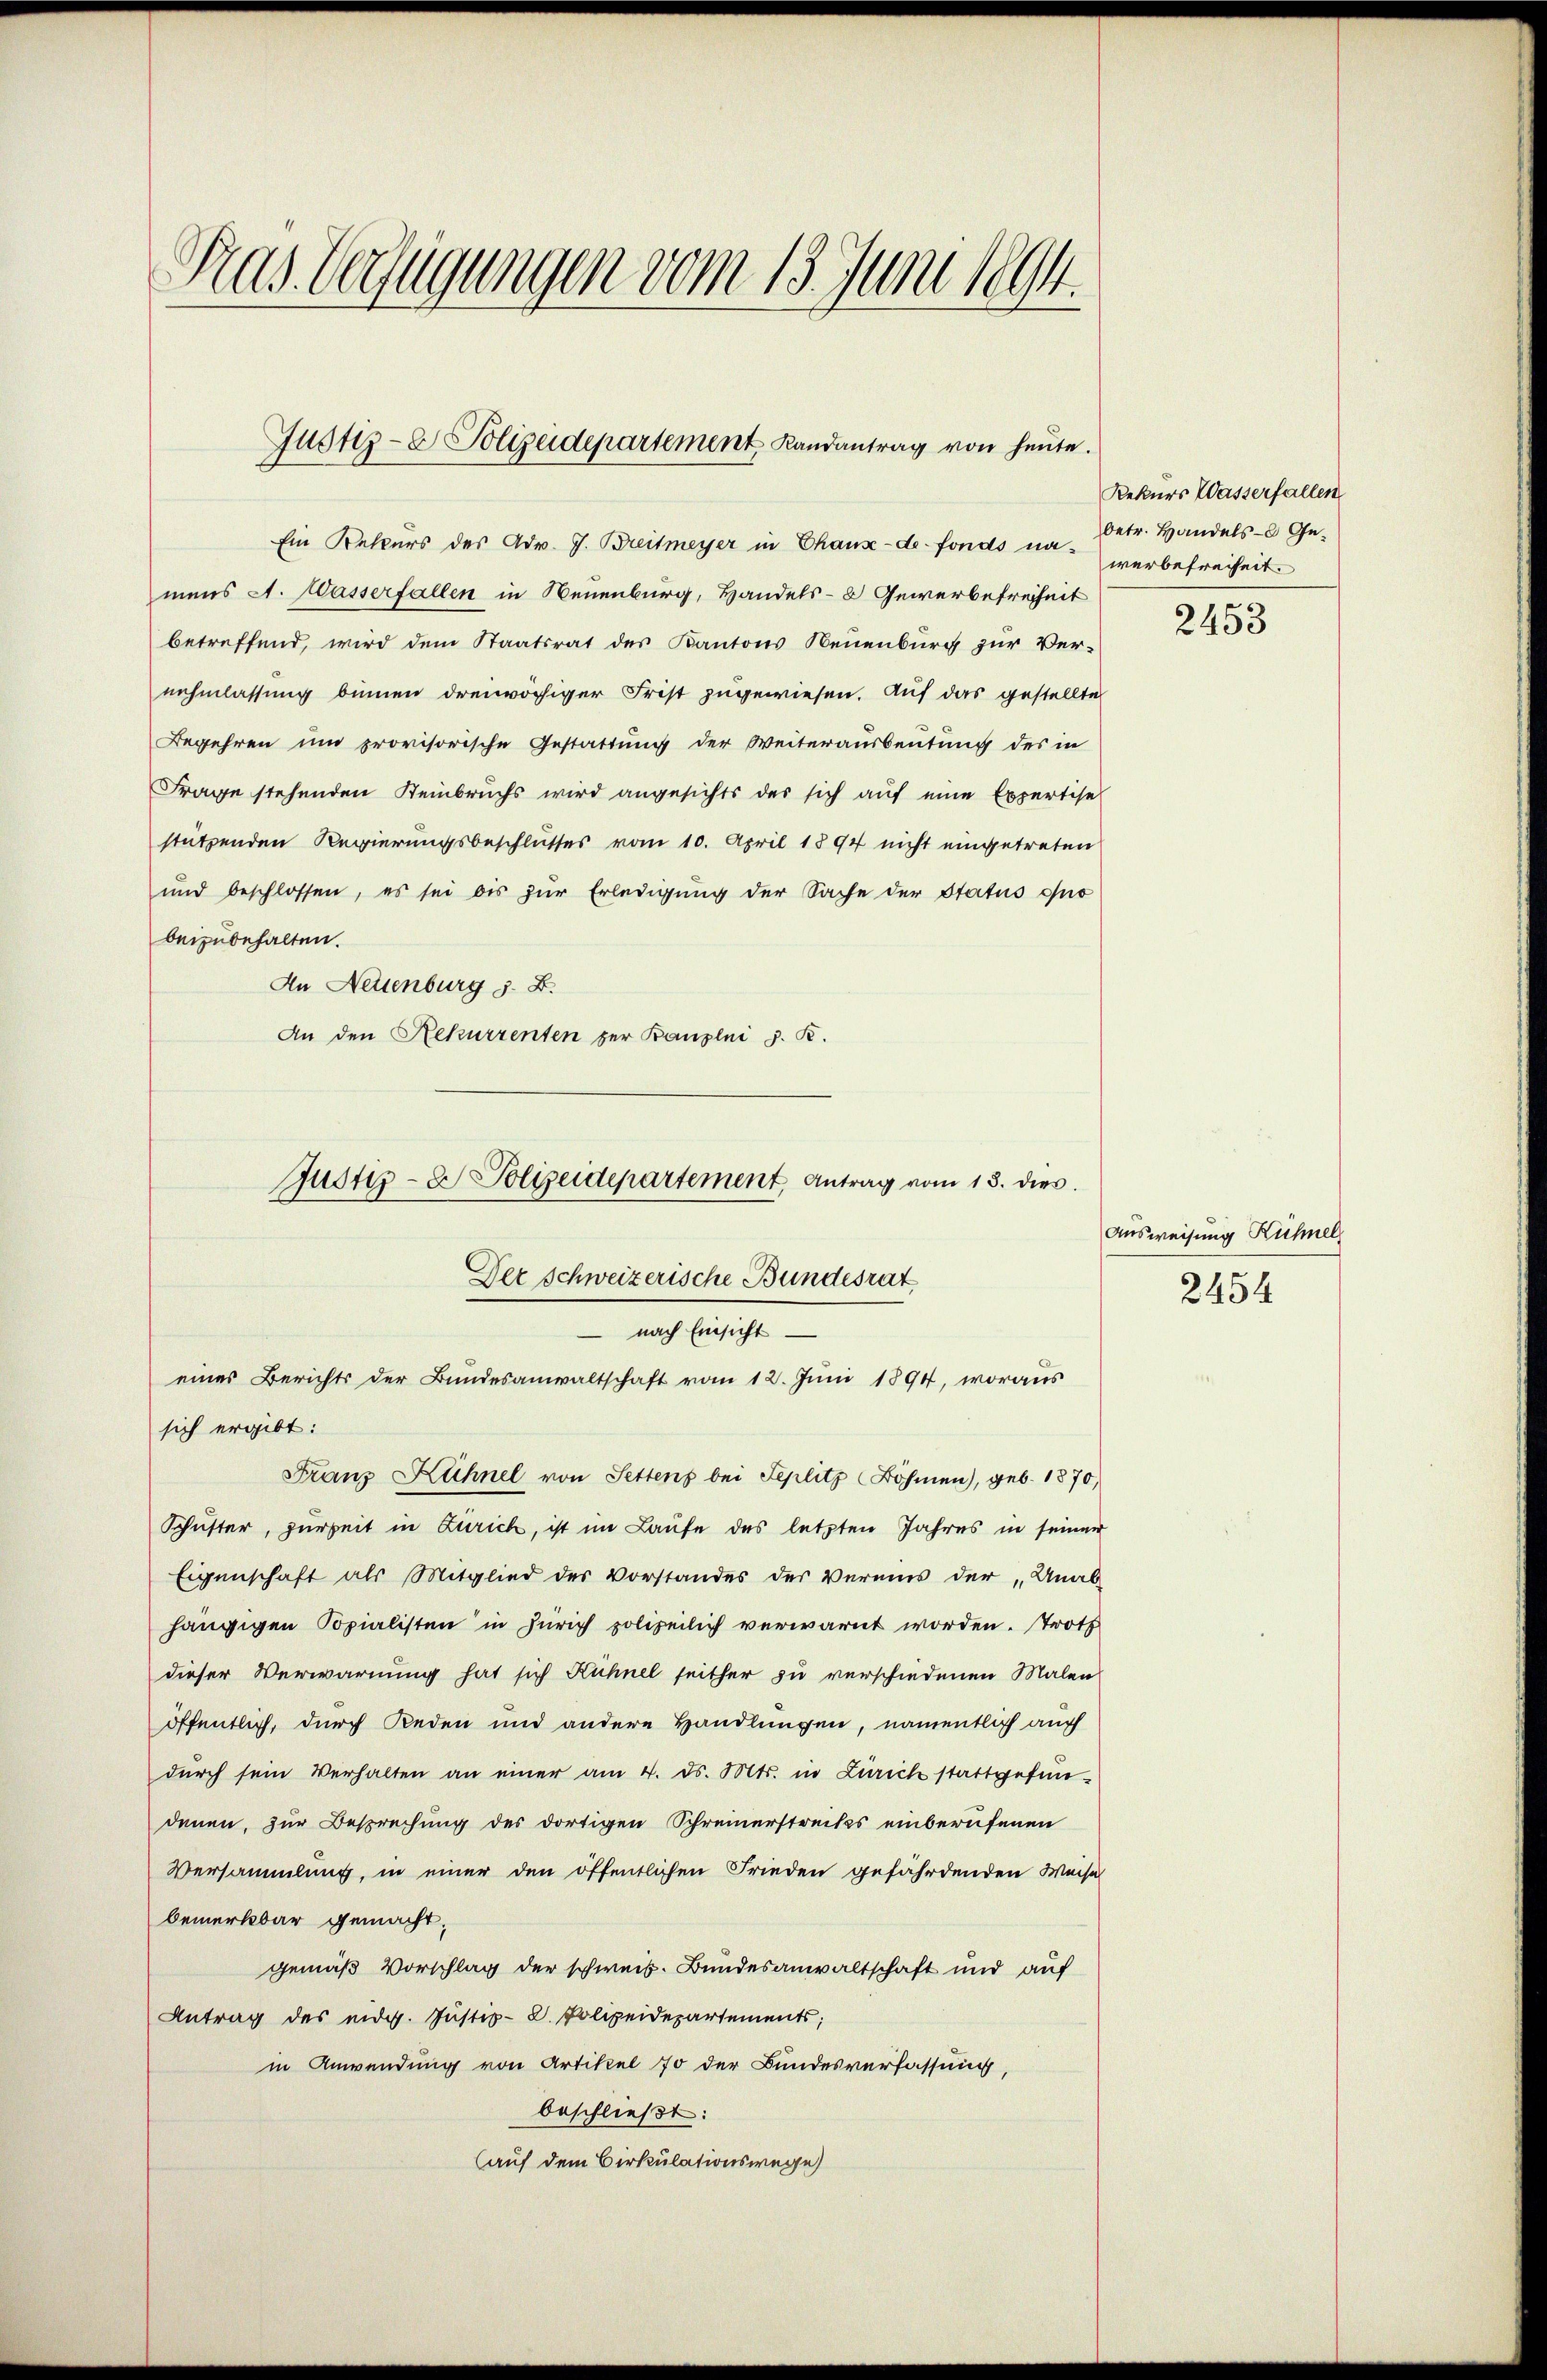
Gras Verfügungen vom 13. Juni 1894.

Justiz- & Polizeidepartement Randantrag von heŭte.

mens A. Wasserfallen in Neuenburg, Handels- & Gewerbefreiheit
betreffend, wird dem Staatsrat des Kantons Neuenburg zur Vernehmlassung binnen dreiwöchiger Frist zugewiesen. Auf das gestellte
Begehren und provisorische Gestattung der Weiterausbeutung des in
Frage stehenden Reinbruchs wird angesichts des sich auf eine Expertise
stützenden Regierungsbeschlusses vom 10. April 1894 nicht eingetreten
und beschlossen, es sei bis zŭr Erledigung der Sache der Status quo
beizubehalten.
An Nettenburg z. B.
An den Rekurrenten zur Banzlei z. B.
Justiz- & Polizeidepartement Antrag vom 13. dies

Ein Rekurs des Adv. J. Breitmeyer in Chaux-de fonds na - betr. Handels- Ge¬

sich ergibt:
Franz Kühnel von Settens bei Teplitz (Böhmen), geb. 1870,
Schuster, zurzeit in Zürich, ist im Laufe des letzten Jahres in seiner
Eigenschaft als Mitglied des Vorstandes der Vermins der Unab-
hängigen Copialisten in Zürich polizeilich verwarnt worden. Troth
dieser Verwarnung hat sich Kühnel seither zu verschiedenen Malen
öffentlich, durch Reden und andere Handlungen, namentlich auch
durch sein Verhalten an einer am 4. ds. Mts. in Zürich stattgefundenen, zur Besprechung des dortigen Schreinerstreckes einberufenen
Versammlung, in einer den öffentlichen Frieden gefährdenden Weise
bemerkbar gemacht.
gemäß Vorschlag der schweiz. Bundesanwaltschaft und auf
Antrag des eidg. Justiz-D. Polizeidepartements;
in Anwendung von Artikel 70 der Bundesverfassung,
beschließt:
auf dem Cirkulationswege

Der Schweizerische Bundesrat
 nach Einsicht
eines Berichts der Bundesanwaltschaft vom 12. Juni 1894, woraus

Rekurs Wasserfallen
werbefreiheit.

2453

Ausweisung Kühnel
2454